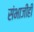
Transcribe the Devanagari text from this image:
संभाजीही